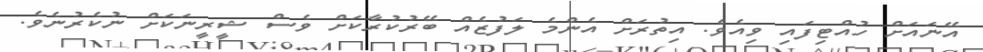
އޭނައަށް ހުއްޓިފައި ވިއެވެ. އިތުރަށް އެންމެ ލަފުޒެއް ބޭރުކުރާކަށް ވެސް ޝީރީނަކަށް ނުކެރުނެވެ.